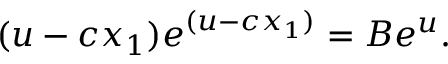
( u - c x _ { 1 } ) e ^ { ( u - c x _ { 1 } ) } = B e ^ { u } .